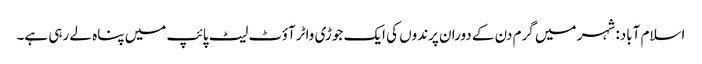
اسلام آباد: شہر میں گرم دن کے دوران پرندوں کی ایک جوڑی واٹر آؤٹ لیٹ پائپ میں پناہ لے رہی ہے۔